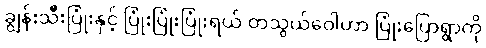
ချွန်းသီးပြုံးနှင့် ပြုံးပြုံးပြုံးရယ် တသွယ်ဝေါဟာ ပြုံးပြောရွာကို